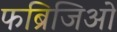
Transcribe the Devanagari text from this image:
फब्रिजिओ